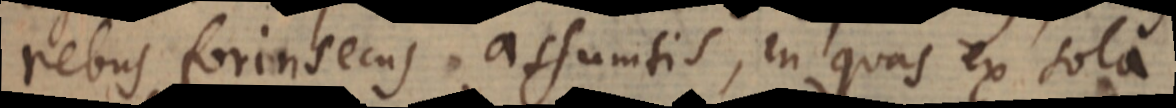
rebus forinsecus assumtis, in quas ex sola